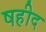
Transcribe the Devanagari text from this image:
षहीद